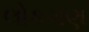
લોકગણ